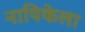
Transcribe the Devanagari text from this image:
नायिकेला